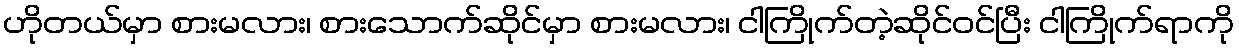
ဟိုတယ်မှာ စားမလား၊ စားသောက်ဆိုင်မှာ စားမလား၊ ငါကြိုက်တဲ့ဆိုင်ဝင်ပြီး ငါကြိုက်ရာကို